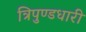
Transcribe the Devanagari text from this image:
त्रिपुण्डधारी